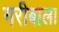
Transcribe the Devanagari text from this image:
गरीबाला